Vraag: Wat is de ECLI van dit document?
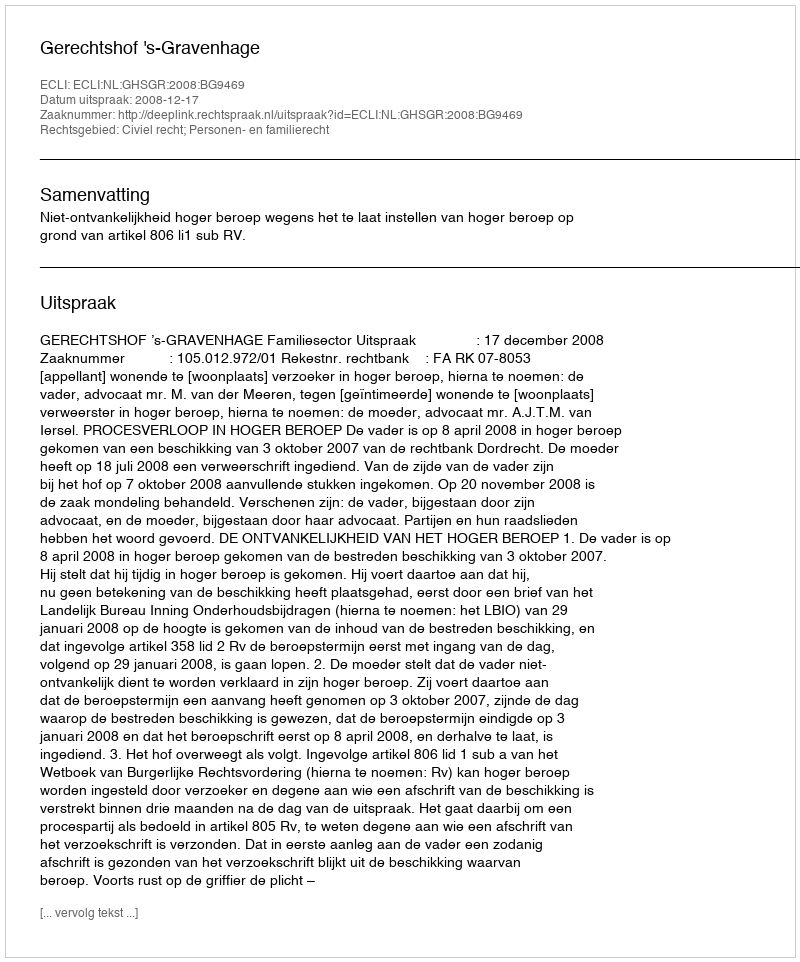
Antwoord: ECLI:NL:GHSGR:2008:BG9469